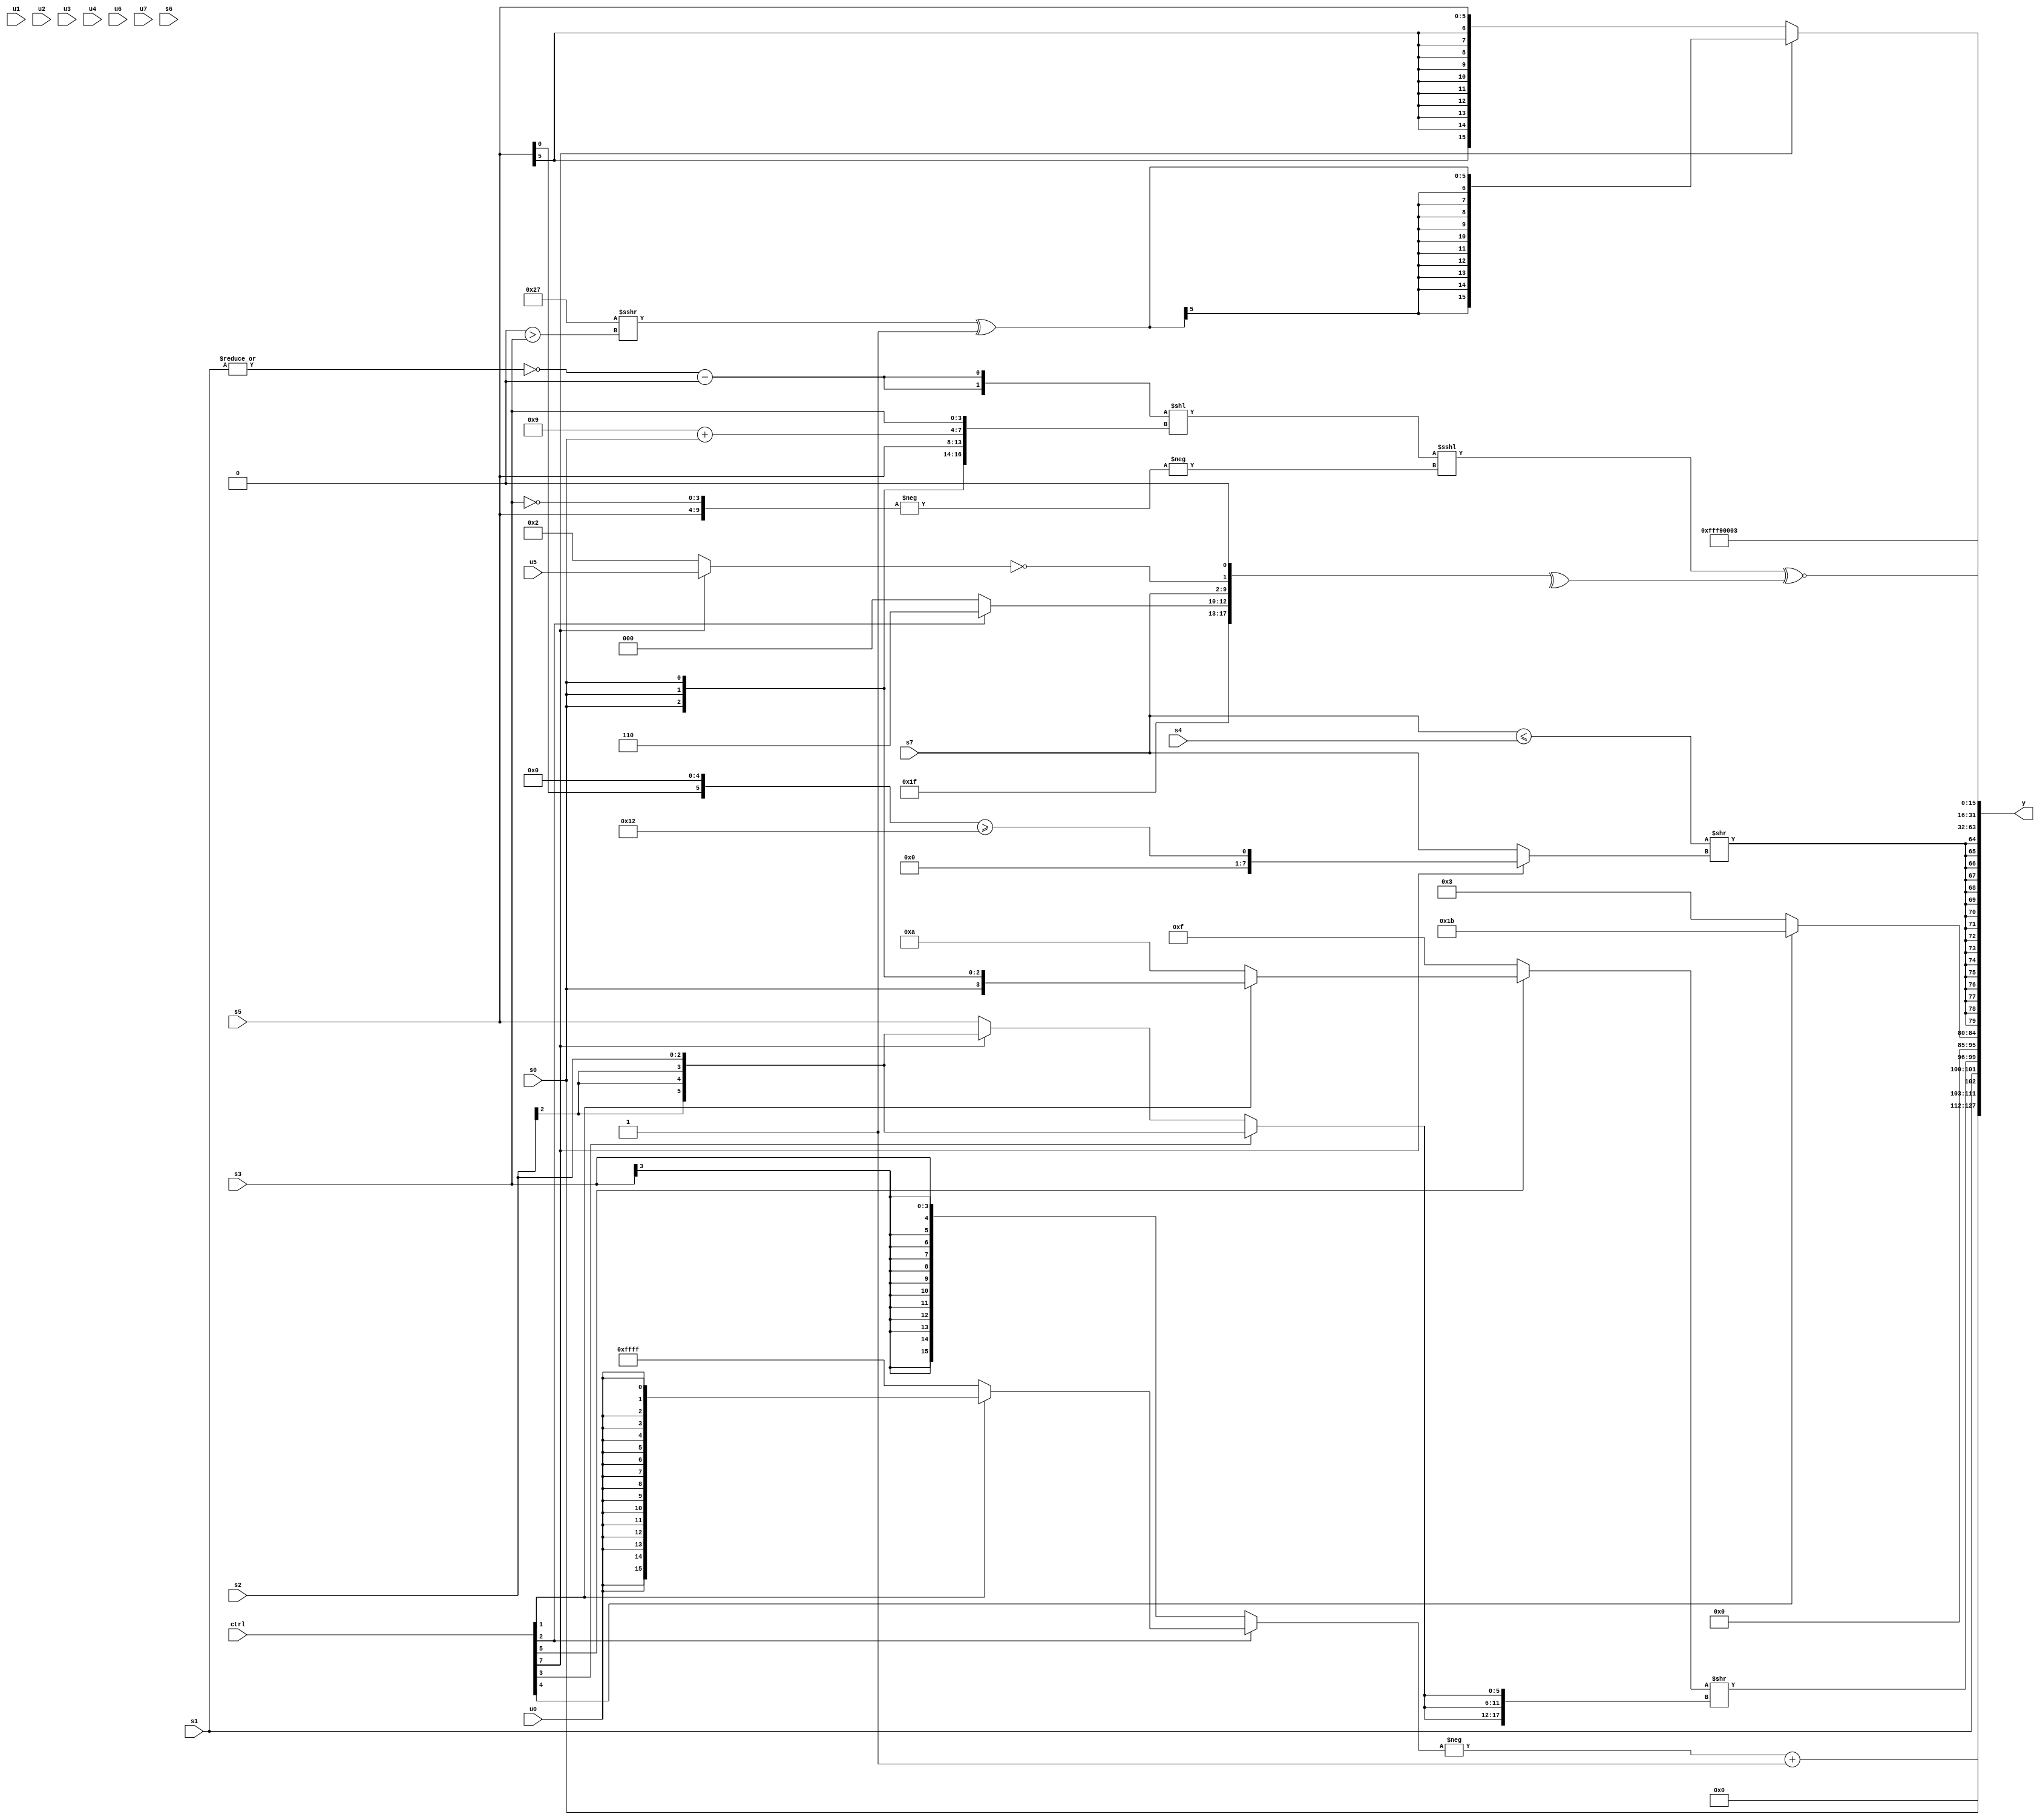
module wideexpr_00337(ctrl, u0, u1, u2, u3, u4, u5, u6, u7, s0, s1, s2, s3, s4, s5, s6, s7, y);
  input [7:0] ctrl;
  input [0:0] u0;
  input [1:0] u1;
  input [2:0] u2;
  input [3:0] u3;
  input [4:0] u4;
  input [5:0] u5;
  input [6:0] u6;
  input [7:0] u7;
  input signed [0:0] s0;
  input signed [1:0] s1;
  input signed [2:0] s2;
  input signed [3:0] s3;
  input signed [4:0] s4;
  input signed [5:0] s5;
  input signed [6:0] s6;
  input signed [7:0] s7;
  output [127:0] y;
  wire [15:0] y0;
  wire [15:0] y1;
  wire [15:0] y2;
  wire [15:0] y3;
  wire [15:0] y4;
  wire [15:0] y5;
  wire [15:0] y6;
  wire [15:0] y7;
  assign y = {y0,y1,y2,y3,y4,y5,y6,y7};
  assign y0 = (-((ctrl[2]?(ctrl[1]?$signed(u0):(ctrl[2]?3'sb111:4'sb0101)):s3)))+(1'sb1);
  assign y1 = {($signed({4{(6'sb101001)+(s4)}}))<<(5'sb11100),s0,s1,((ctrl[5]?(ctrl[1]?s0:4'sb1010):(2'sb11)<<<($signed(1'sb0))))>>({3{(ctrl[3]?s2:(ctrl[7]?s2:s5))}})};
  assign y2 = (ctrl[4]?(5'sb11000)^($signed($signed($signed(2'sb11)))):(ctrl[4]?+(u0):6'sb000011));
  assign y3 = $signed(((s7)<=($signed(s4)))>>({1{(ctrl[7]?((s5)<<(3'sb101))>=($signed(6'sb010010)):s7)}}));
  assign y4 = 4'sb1001;
  assign y5 = 4'sb0011;
  assign y6 = (($signed(({2{(~|(s1))-($unsigned(1'b0))}})<<({{{3{s0}},{s5},(4'sb1001)+(s0)},$signed({1{s3}})})))<<<($signed(-(-({s5,~(s3)})))))^~(($signed(^({(ctrl[2]?3'sb110:(ctrl[2]?s7:5'sb11000)),$signed(s7),((ctrl[7]?u5:2'sb10))==(4'sb0000),1'b0})))>>>(1'sb1));
  assign y7 = (ctrl[7]?($signed(($signed(6'sb100111))>>>((2'sb00)>(s3))))^(1'sb1):s5);
endmodule